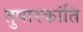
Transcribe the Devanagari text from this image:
तुषारकांति